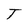
Character: T